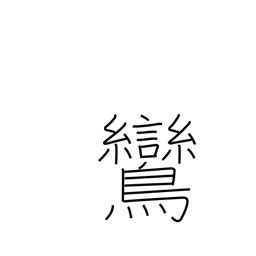
Meaning: fabulous mythical bird